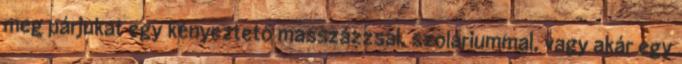
meg párjukat egy kényeztető masszázzsal, szoláriummal, vagy akár egy